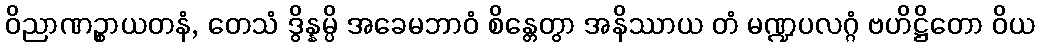
ဝိညာဏဉ္စာယတနံ, တေသံ ဒွိန္နမ္ပိ အခေမဘာဝံ စိန္တေတွာ အနိဿာယ တံ မဏ္ဍပလဂ္ဂံ ဗဟိဋ္ဌိတော ဝိယ